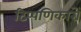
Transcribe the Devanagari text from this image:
टिप्पणिकारों